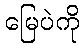
မြေပဲကို